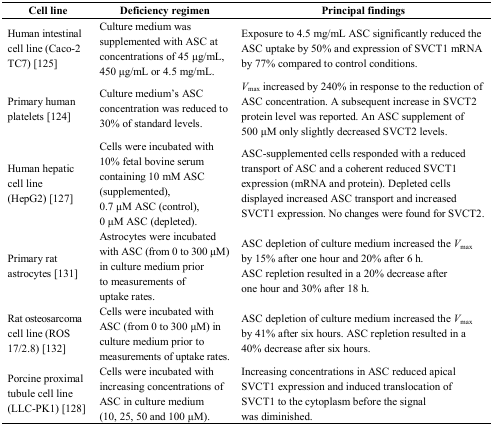
| Cell line | Deficiency regimen | Principal findings |
 | --- | --- | --- |
 | Human intestinal cell line (Caco-2 TC7) [125] | Culture medium was supplemented with ASC at concentrations of 45 μg/mL, 450 μg/mL or 4.5 mg/mL. | Exposure to 4.5 mg/mL ASC significantly reduced the ASC uptake by 50% and expression of SVCT1 mRNA by 77% compared to control conditions. |
 | Primary human platelets [124] | Culture medium’s ASC concentration was reduced to 30% of standard levels. | Vmax increased by 240% in response to the reduction of ASC concentration. A subsequent increase in SVCT2 protein level was reported. An ASC supplement of 500 μM only slightly decreased SVCT2 levels. |
 | Human hepatic cell line (HepG2) [127] | Cells were incubated with 10% fetal bovine serum containing 10 mM ASC (supplemented), 0.7 μM ASC (control), 0 μM ASC (depleted). | ASC-supplemented cells responded with a reduced transport of ASC and a coherent reduced SVCT1 expression (mRNA and protein). Depleted cells displayed increased ASC transport and increased SVCT1 expression. No changes were found for SVCT2. |
 | Primary rat astrocytes [131] | Astrocytes were incubated with ASC (from 0 to 300 μM) in culture medium prior to measurements of uptake rates. | ASC depletion of culture medium increased the Vmax by 15% after one hour and 20% after 6 h. ASC repletion resulted in a 20% decrease after one hour and 30% after 18 h. |
 | Rat osteosarcoma cell line (ROS 17/2.8) [132] | Cells were incubated with ASC (from 0 to 300 μM) in culture medium prior to measurements of uptake rates. | ASC depletion of culture medium increased the Vmax by 41% after six hours. ASC repletion resulted in a 40% decrease after six hours. |
 | Porcine proximal tubule cell line (LLC-PK1) [128] | Cells were incubated with increasing concentrations of ASC in culture medium (10, 25, 50 and 100 μM). | Increasing concentrations in ASC reduced apical SVCT1 expression and induced translocation of SVCT1 to the cytoplasm before the signal was diminished. |